NAE_EAA_P-553_Koit_kolhoos, lk 28
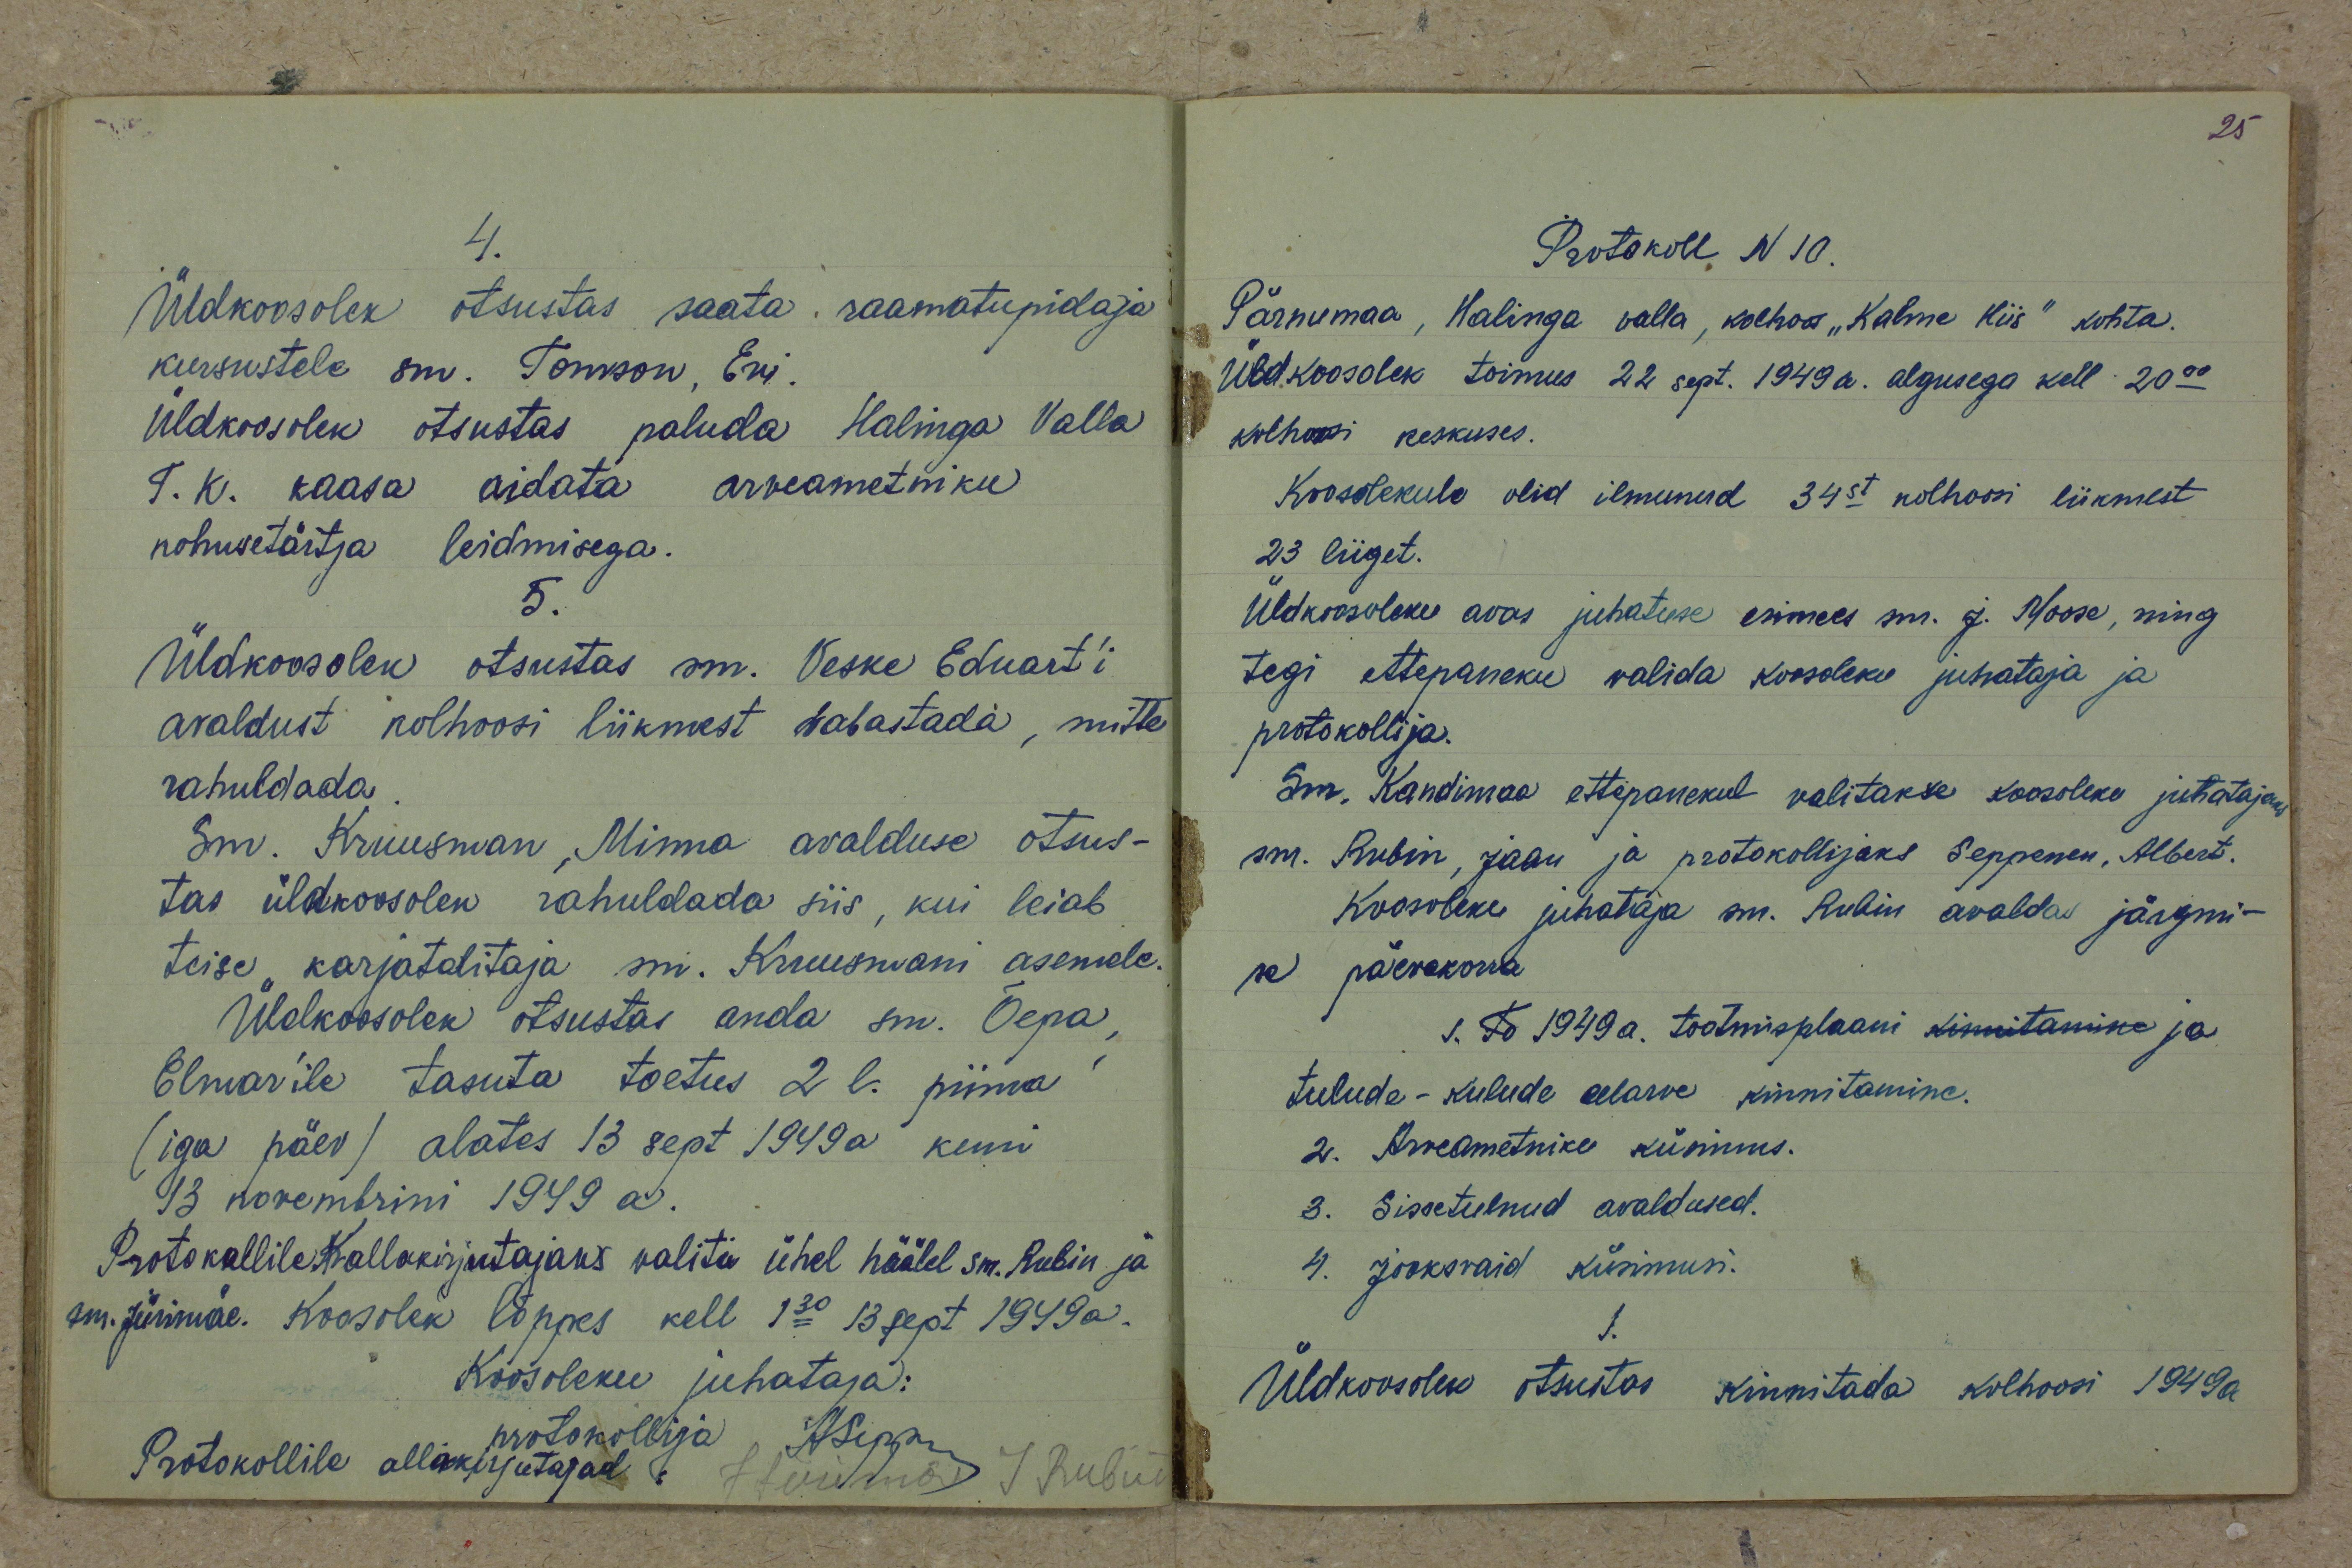
4.
Üldkoosolek otsustas saata raamatupidaja
kursustele sm. Tomson, Evi.
Üldkoosolek otsustas paluda Halinga Valla
T.K. kaasa aidata arveametniku
kohusetäitja leidmisega.
5.
Üldkoosolek otsustas sm. Veske Eduart'i
avaldust kolhoosi liikmest vabastada, mitte
rahuldada.
Sm. Kruusman, Minna avalduse otsus-
tas üldkoosolek rahuldada siis, kui leiab
teise karjatalitaja sm. Kruusmani asemele.
Üldkoosolek otsustas anda sm. Õepa,
Elmar'ile tasuta toetus 2 l. pima
(iga päev) alates 13 sept 1949a kuni
13 novembrini 1949 a.
Protokollile K allakirjutajaks valiti ühel häälel sm. Rubin ja
sm. Jürimäe. Koosolek lõppes kell 1.30 13. sept 1949 a.
Koosoleku juhataja:
protokollija H. Sepp
Protokollile allakirjutajad:
J Jürimäe J Rubin

Protokoll N 10.
Pärnumaa, Halinga valla, kolhoos "Kalme Hiis" kohta.
Üldkoosolek toimus 22 sept. 1949 a. algusega kell 20.00
kolhoosi keskuses.
Koosolekule olid ilmunud 34st kolhoosi liikmest
23 liiget.
Üldkoosoleku avas juhatuse esimees sm. J. Moose, ning
tegi ettepaneku valida koosoleku juhataja ja
protokollija.
Sm. Kandimaa ettepanekul valitakse koosoleku juhataja
sm. Rubin, Jaan ja protokollijaks Seppenen, Albert.
Koosoleku juhataja sm. Rubin avaldas järgmi-
se päevakorra
s. To 1949 a. tootmisplaani kinnitamine ja
tulude-kulude eelarve kinnitamine.
2. Arveametnike küsimus.
3. Sissetulnud avaldused.
4. Jooksvaid küsimusi.
1.
Üldkoosolek otsustas kinnitada kolhoosi 1949 a